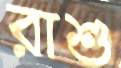
রাশু